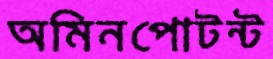
অমিনপোটন্ট